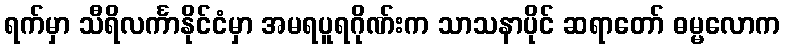
ရက်မှာ သီရိလင်္ကာနိုင်ငံမှာ အမရပူရဂိုဏ်းက သာသနာပိုင် ဆရာတော် ဓမ္မလောက